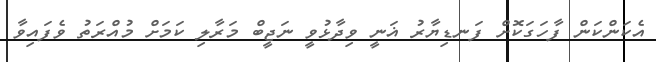
އެކަންކަން ފާހަގަކޮށް ފަނޑިޔާރު ޣަނީ ވިދާޅުވީ ނަޖީބް މަރާލި ކަމަށް މުއްރަތު ވެފައިވާ